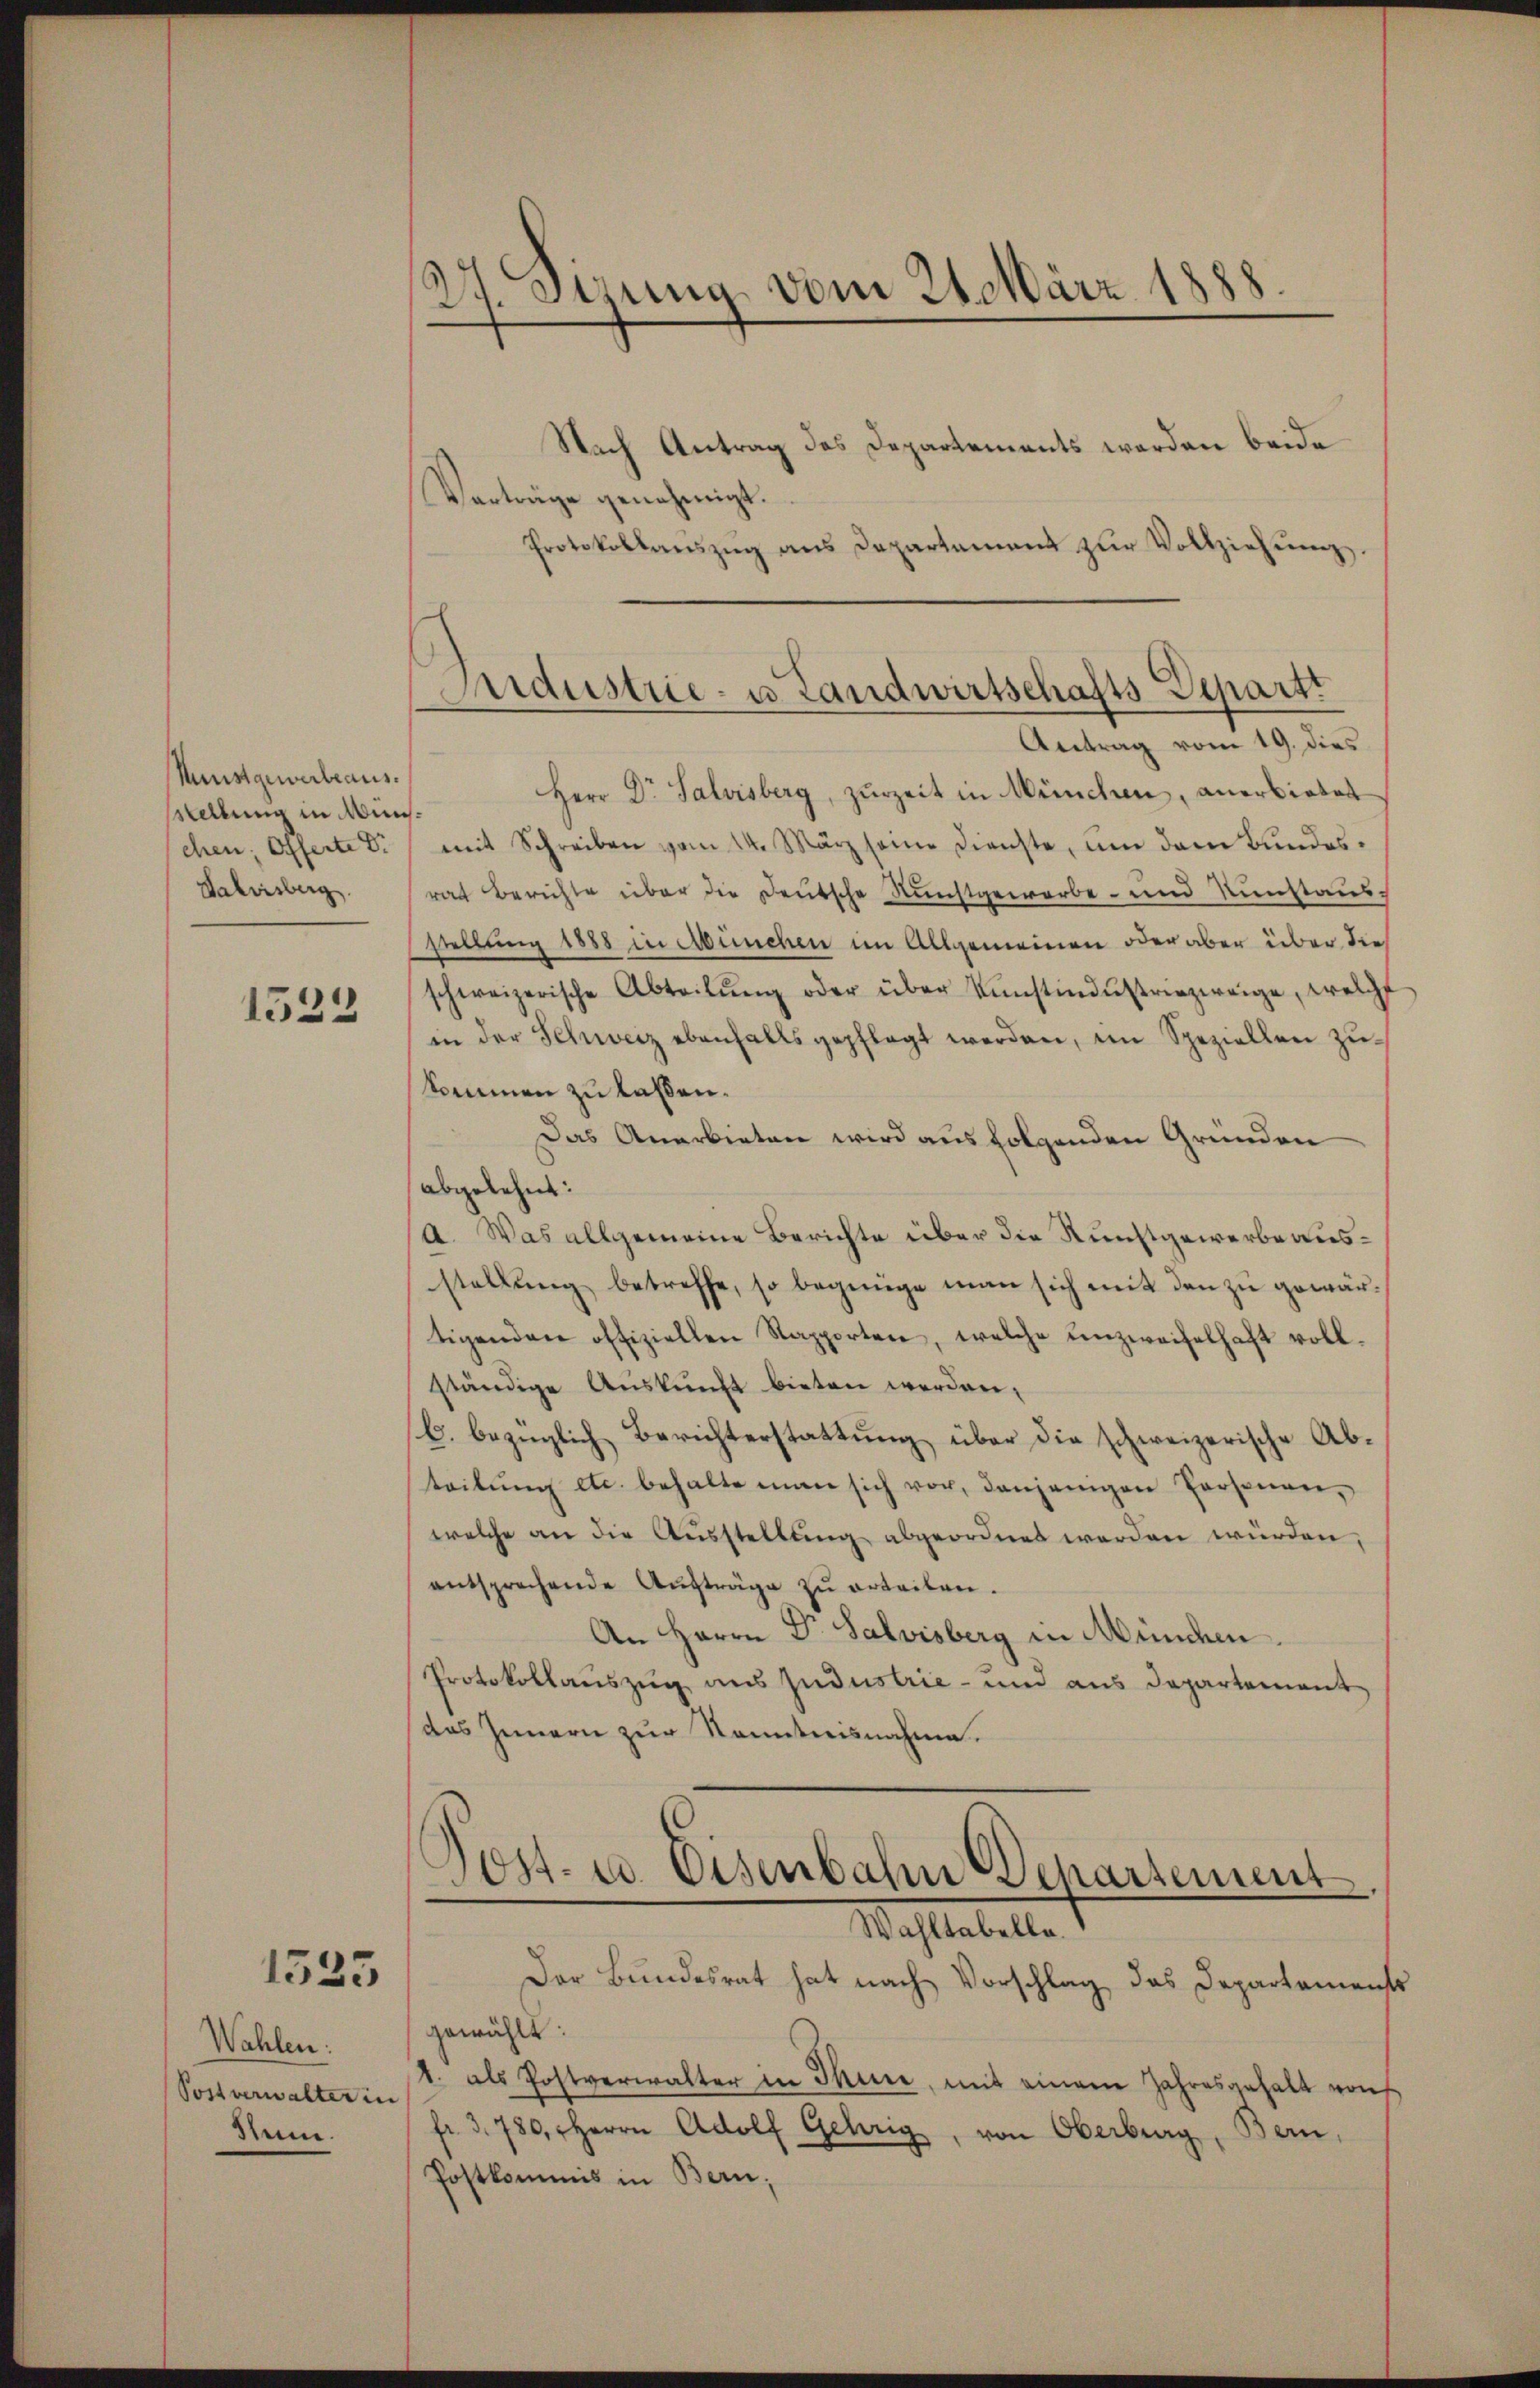
Munstgewerbeaus.
sstellung in Münschen; Offerte d
Valvisberg.

1523

Wahlen.
Postverwalter in
Sem.

1525

27. Sizung vom 21. März 1888.

Andustrie- u. Landwirtschafts Departt

Nach Antrag des Departements werden beide
Vorträge genehmigt.
Protokollaŭszŭg ans Departement zŭr Vollziehŭng.
Antrag vom 19. dies
Herr Dr. Salvisberg, zŭrzeit in München, anerbietet
mit Schreiben vom 14. März seine Dienste, um dem Bundesrat Berichte über die Deutsche Ruchtgewerbe- und Kunstausstellung 1888 in München im Allgemeinen oder aber über die
schweizerische Abteilŭng oder über Künstindŭstriezweige, welche
in der Schweiz ebenfalls gepflegt werden, im Speziellen zukommen zu laßen.
Das Anerbieten wird aus folgenden Gründen
abgelehnt:
a. Was allgemeine Berichte über die Kunstgewerbe ausstellung betreffe, so begnüge man sich mit den zu gewärtigenden offiziellen Rapporten, welche unzweifelhaft vollständige Auskunft bieten werden,
b. bezüglich Berichterstattŭng über die schweizerische Ab-
teilŭng etc. behalte man sich vor, denjenigen Personen,
welche an die Ausstellung abgeordnet werden würden,
entsprechende Aŭsträge zŭ erteilen.
An Herrn Dr. Salvisberg in München.
Protokollauszug aus Jndustrie- und aus Departement
Das Innern zur Kenntnisnahme.
)
Post- u. Eisenbahn Departement.
Wahltabelle.
Der Bundesrat hat nach Vorschlag das Departamenst
gewählt:
1. als Postverwalter in Thure, mit einem Jahresgehalt von
fr. 3780, Herrn Adolf Gehrig, von Oberberg, Bern,
Postkommis in Bern,